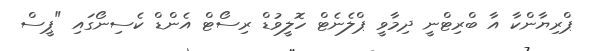
ޕްރިޔާންކާ އާ ބްރިޓްނީ ދިމާވީ ޕްލެނެޓް ހޮލީވުޑް ރިސޯޓް އެންޑް ކެސިނޯގައި "ޕީސް